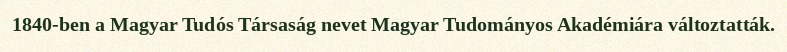
1840-ben a Magyar Tudós Társaság nevet Magyar Tudományos Akadémiára változtatták.